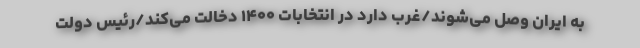
به ایران وصل می‌شوند/غرب دارد در انتخابات ۱۴۰۰ دخالت می‌کند/رئیس دولت